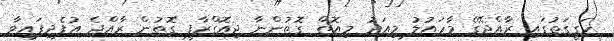
ހަގީގަތުގައި ރާއްޖޭގެ މާހައުލު މިއަދު މިއޮތް ގޮތުންނާ ޖިއޮގްރާފީ ގޮތުން ރާއްޖެ އުފެދިފައިވާ